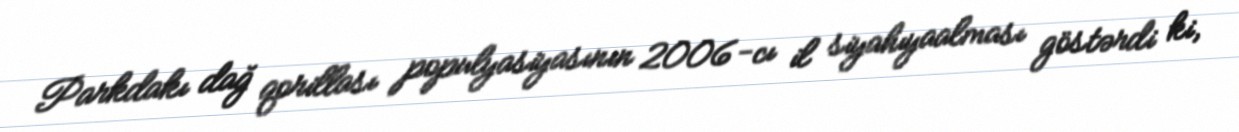
Parkdakı dağ qorillası populyasiyasının 2006-cı il siyahıyaalması göstərdi ki,